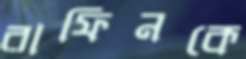
রাফিনকে